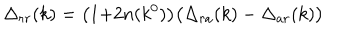
LaTeX: \Delta _ { r r } ( k ) = \bigl ( 1 { + } 2 n ( k ^ { 0 } ) \bigr ) \bigl ( \Delta _ { r a } ( k ) - \Delta _ { a r } ( k ) \bigr )